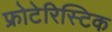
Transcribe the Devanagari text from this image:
फ्रोटेरिस्टिक